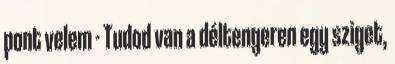
pont velem - Tudod van a déltengeren egy sziget,